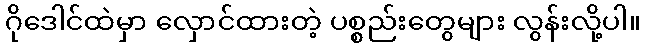
ဂိုဒေါင်ထဲမှာ လှောင်ထားတဲ့ ပစ္စည်းတွေများ လွန်းလို့ပါ။